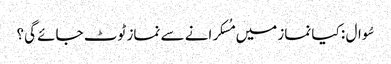
سُوال : کیا نماز میں مُسکرانے سے نماز ٹوٹ جائے گی؟